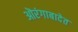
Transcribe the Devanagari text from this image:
ऒरंगाबादेत